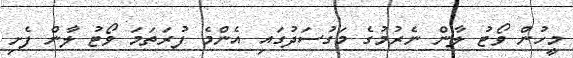
މީހުން ވޯޓު ލާން ނެރުމުގެ މަގުސަދުގައި އެންމެ ފުރަތަމަ ވޯޓު ލާން ފެށި